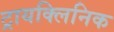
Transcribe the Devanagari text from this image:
ट्रायक्लिनिक